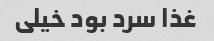
غذا سرد بود خیلی